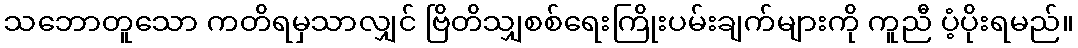
သဘောတူသော ကတိရမှသာလျှင် ဗြိတိသျှစစ်ရေးကြိုးပမ်းချက်များကို ကူညီ ပံ့ပိုးရမည်။